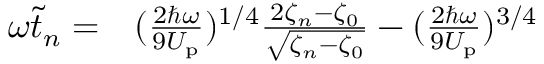
\begin{array} { r l } { \omega \tilde { t } _ { n } = } & { { } ( \frac { 2 \hbar \omega } { 9 U _ { \mathrm { p } } } ) ^ { 1 / 4 } \frac { 2 \zeta _ { n } - \zeta _ { 0 } } { \sqrt { \zeta _ { n } - \zeta _ { 0 } } } - ( \frac { 2 \hbar \omega } { 9 U _ { \mathrm { p } } } ) ^ { 3 / 4 } } \end{array}